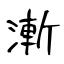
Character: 漸